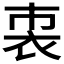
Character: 𧘴